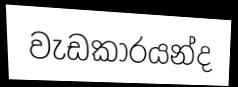
වැඩකාරයන්ද